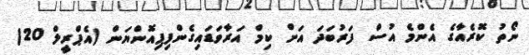
ނޯތު ކޮރެއާގެ އެންމެ އުސް ފަރުބަދަ އަށް ކިމް އަރާވަޑައިގެންފިޕިއޮންޔަން (އެޕްރީލް 20)